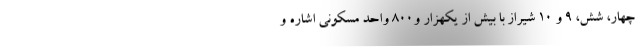
چهار، شش، ٩ و ١٠ شیراز با بيش از يكهزار و٨٠٠ واحد مسكوني اشاره و